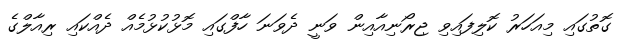
ގޮތުގައި މިއަހަރު ކޮލިފައިވި ޖިރޯނިއާއިން ވަނީ ދެވަނަ ހާފްގައި މޮޅުކުޅުމެއް ދެއްކައި ރިއާލްގެ